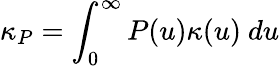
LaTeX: \kappa_{P}=\int_{0}^{\infty}P(u)\kappa(u)~du